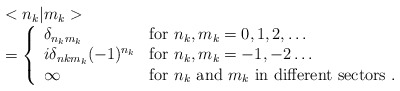
\begin{align*}\begin{array}{ll}&<n_k|m_k> \\&=\left\{\begin{array}{ll}\delta_{n_km_k}&{\rm for} \ n_k,m_k=0,1,2,\ldots\\i\delta_{nkm_k}(-1)^{n_k}& {\rm for} \ n_k,m_k=-1,-2\ldots\\\infty&{\rm for} \ n_k \ {\rm and} \ m_k \ {\rm in \ different \ sectors}\ .\end{array}\right.\end{array}\end{align*}